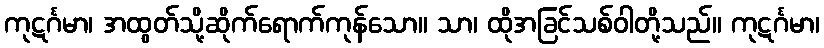
ကုဋင်္ဂမာ၊ အထွတ်သို့ဆိုက်ရောက်ကုန်သော။ သာ၊ ထိုအခြင်သစ်ဝါတို့သည်။ ကုဋင်္ဂမာ၊